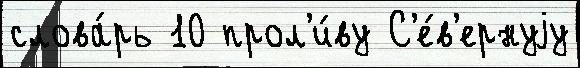
слова́рь 10 прол'и́ву С'е́в'ернуjу